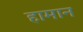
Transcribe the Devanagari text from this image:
हामान